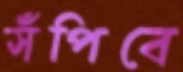
সঁপিবে